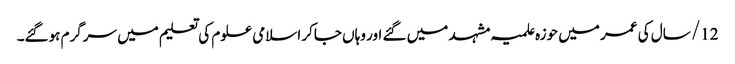
12/ سال کی عمر میں حوزہ علمیہ مشہد میں گئے اور وہاں جاکر اسلامی علوم کی تعلیم میں سرگرم ہوگئے۔